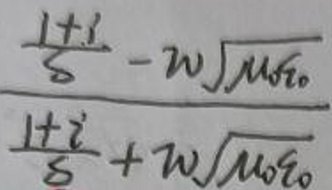
\[
\frac{\frac{1 + i}{s}- w\sqrt{\mu_0\varepsilon_0}}{\frac{1 + i}{s}+ w\sqrt{\mu_0\varepsilon_0}}
\]